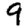
Digit: 9